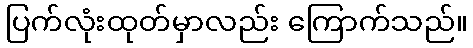
ပြက်လုံးထုတ်မှာလည်း ကြောက်သည်။